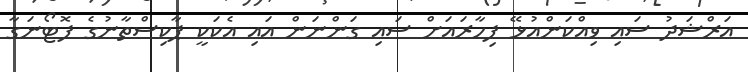
އަރްޝަދު ސައި ވިއްކަންއުޅޭ ފިހާރައަށް ސައި ގަންނަން އައި އެކަކީ ޕާކިސްތާނުގެ ފޮޓޯނަގާ